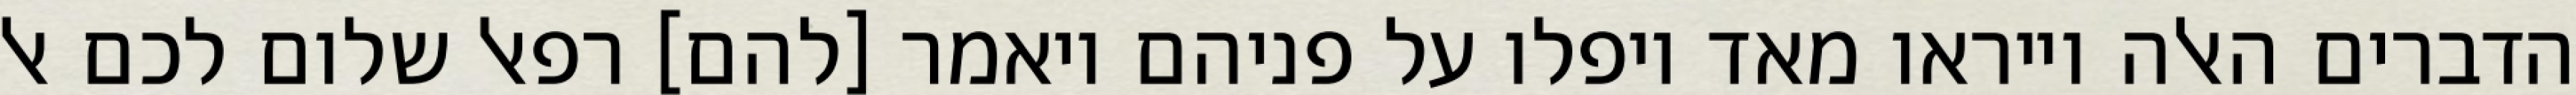
הדברים האלה וייראו מאד ויפלו על פניהם ויאמר [להם] רפאל שלום לכם אל